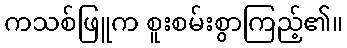
ကသစ်ဖြူက စူးစမ်းစွာကြည့်၏။